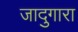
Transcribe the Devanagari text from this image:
जादुगारा